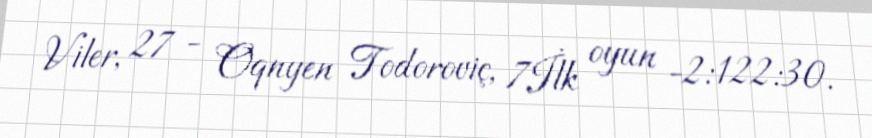
Viler, 27 - Oqnyen Todoroviç, 7İlk oyun -2:122:30.